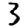
Digit: 3